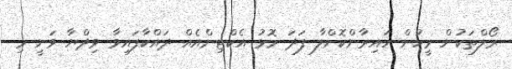
ރޯލްތަކުން މީހުން ހައިރާންކޮށްލާ ފަދަ މޮޅު އެކްޓިންއެއް ދައްކާފައިވާ ވިދްޔާ ވަނީ މި